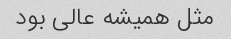
مثل همیشه عالی بود‌